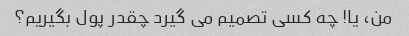
من، یا! چه کسی تصمیم می گیرد چقدر پول بگیریم؟